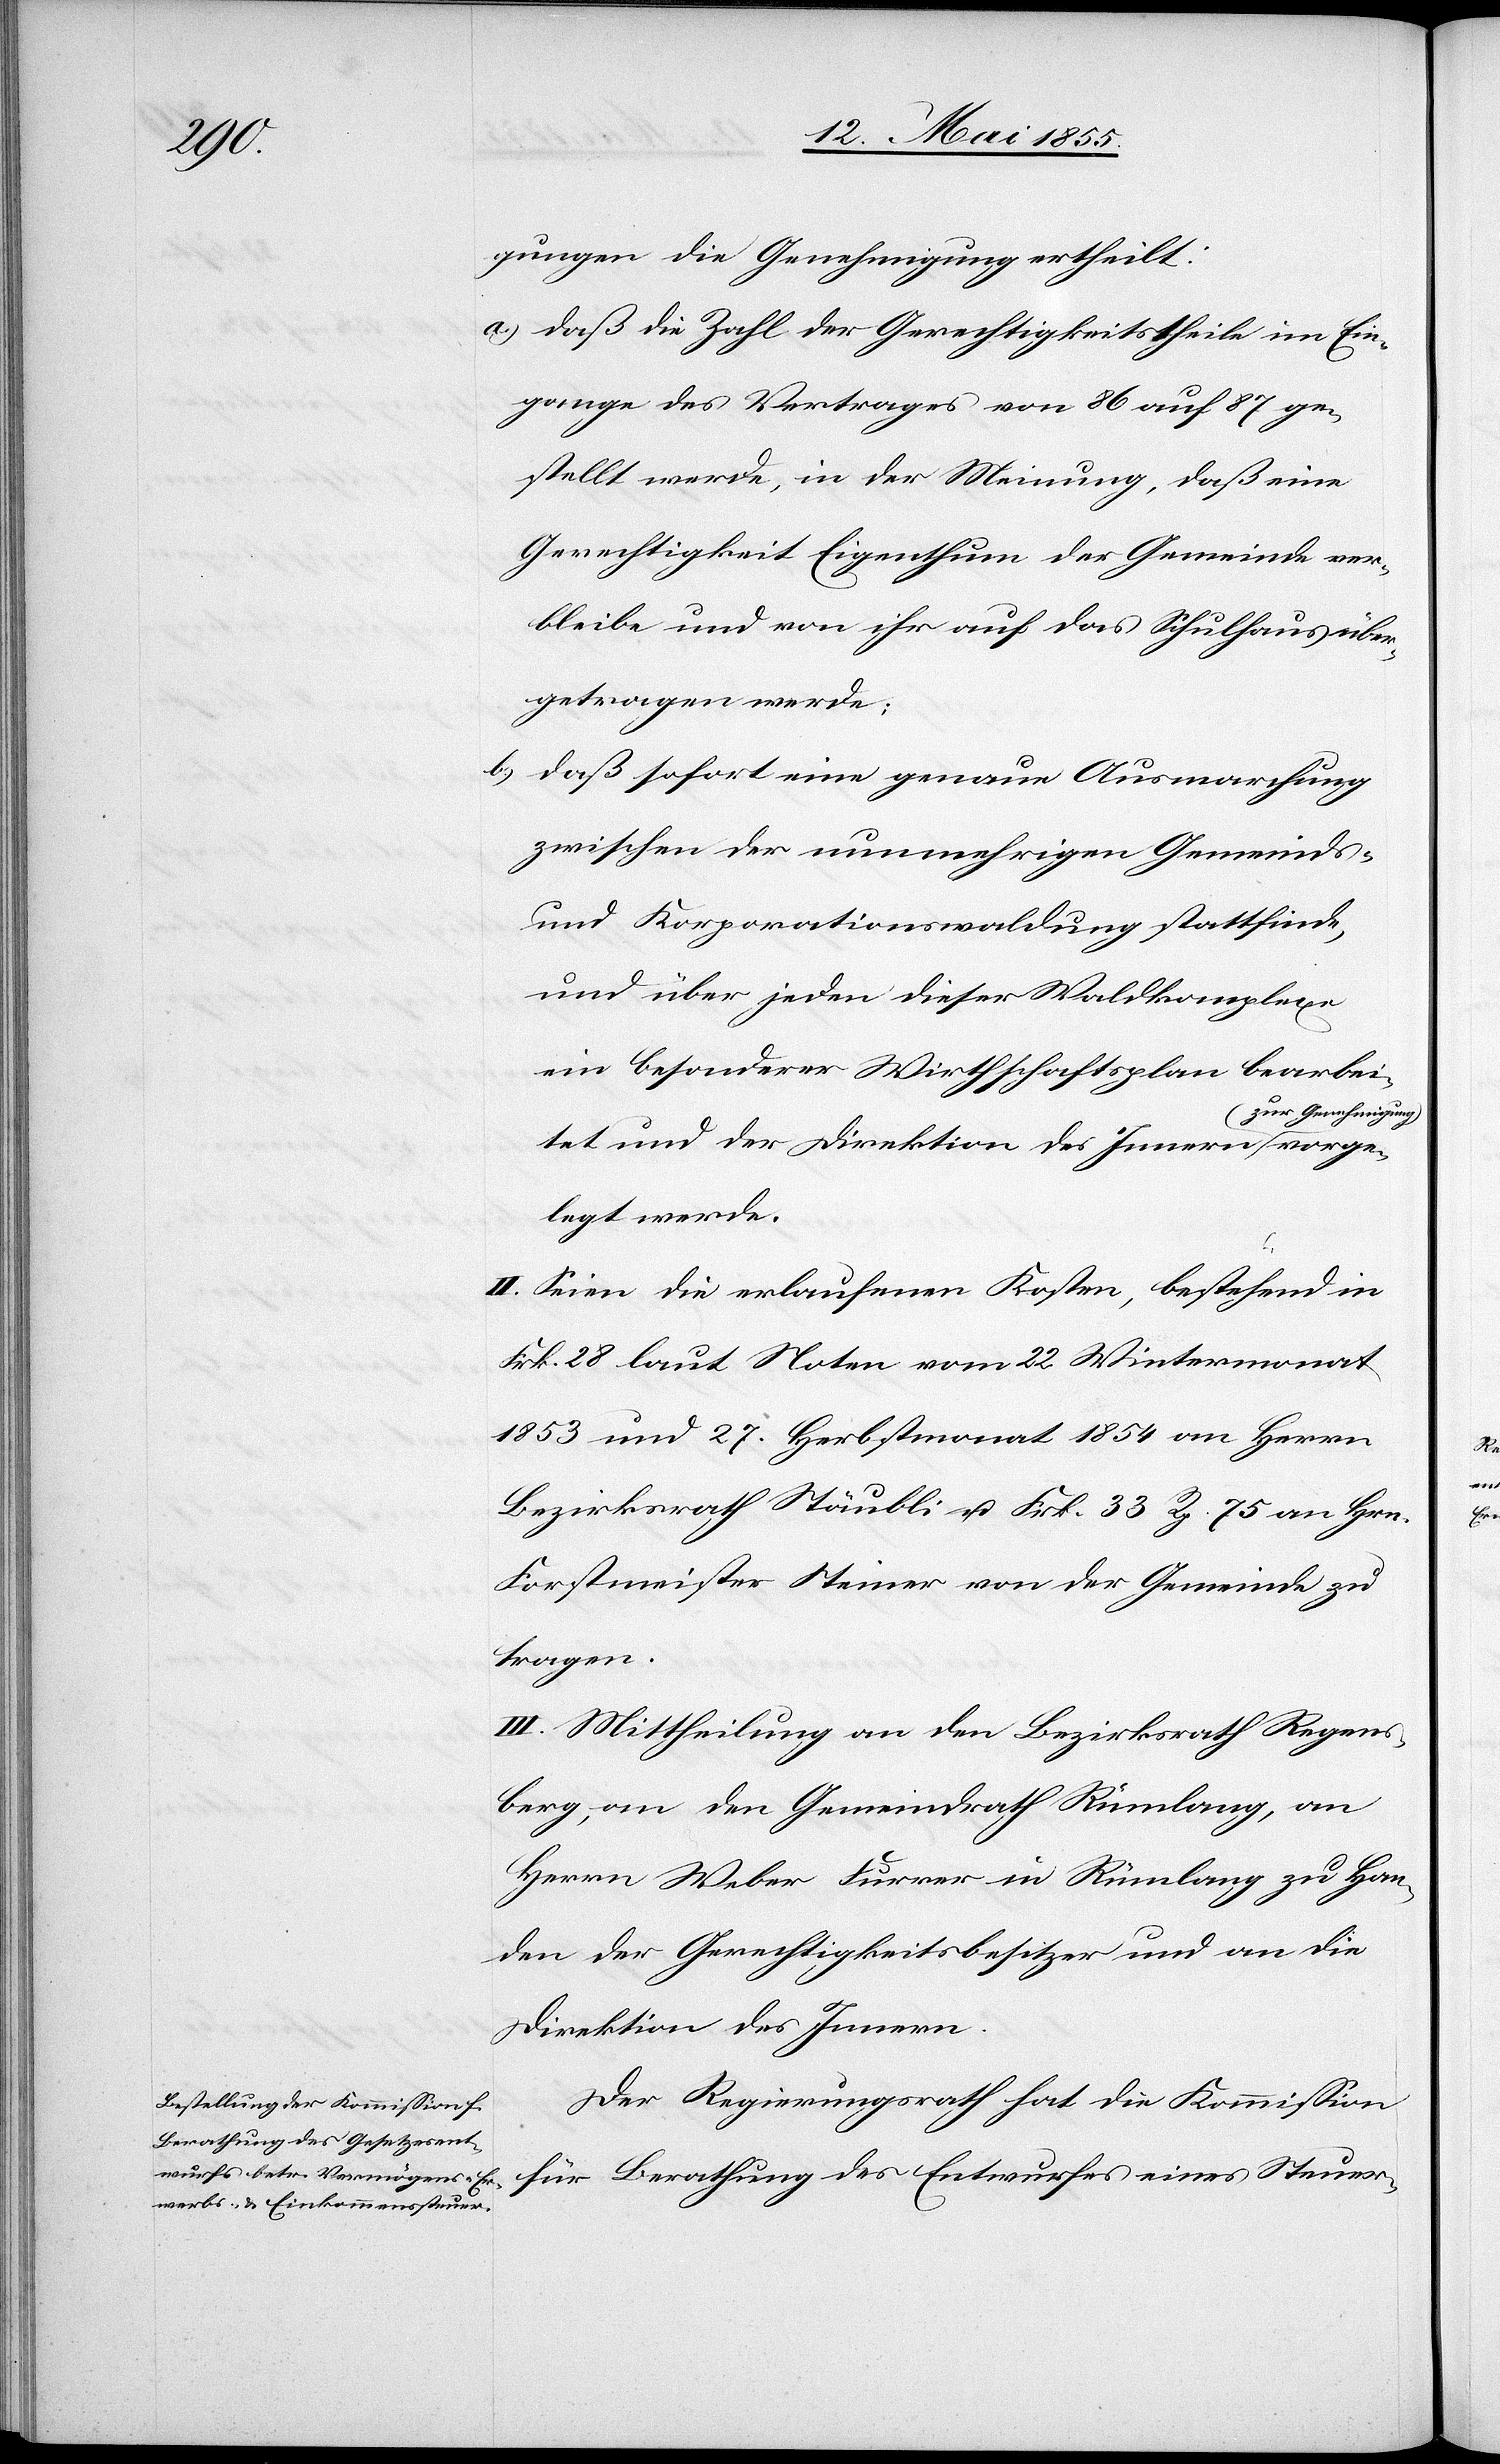
vorge¬

gungen die Genehmigung ertheilt:
daß die Zahl der Gerechtigkeitstheile im Ein¬
gange des Vertrages von 86 auf 87 ge¬
stellt werde, in der Meinung, daß eine
Gerechtigkeit Eigenthum der Gemeinde ver¬
bleibe und von ihr auf das Schulhaus über¬
getragen werde;
daß sofort eine genaue Ausmarchung
zwischen der nunmehrigen Gemeinds-
und Korporationswaldung stattfinde,
und über jeden dieser Waldkomplexe
ein besonderer Wirthschaftsplan bearbei¬
zur Genehmigung
legt werde.
II. Seien die erlaufenen Kosten, bestehend in
Frk. 28 laut Noten vom 22 Wintermonat
1853 und 27. Herbstmonat 1854 an Herrn
Bezirksrath Stäubli u. Frk. 33 Rp. 75 an Hrn.
Forstmeister Steiner von der Gemeinde zu
tragen.
III. Mittheilung an den Bezirksrath Regens¬
berg, an den Gemeindrath Rümlang, an
Herrn Weber Furrer in Rümlang zu Han¬
den der Gerechtigkeitsbesitzer und an die
Direktion des Innern.
Der Regierungsrath hat die Kommission
für Berathung des Entwurfes eines Steuer-